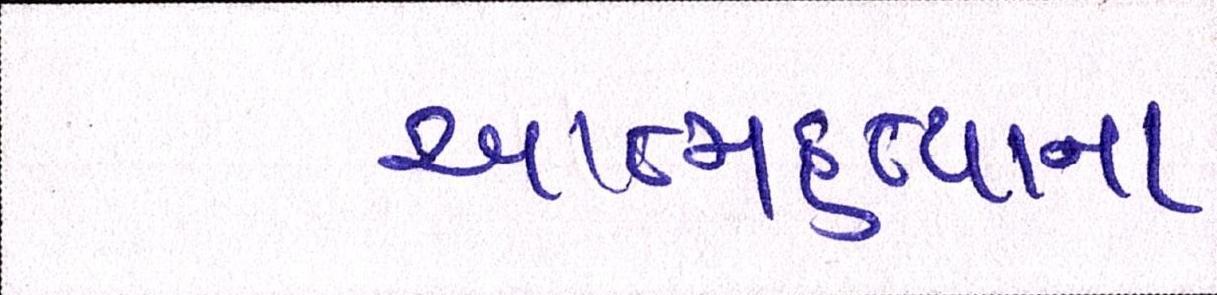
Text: આત્મહત્યાના